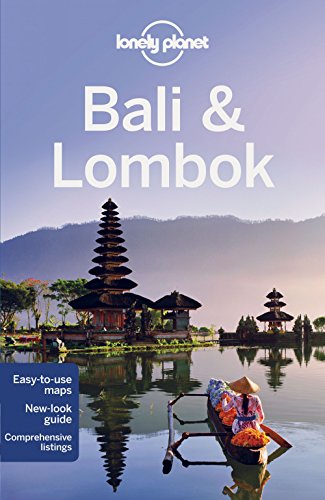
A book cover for Lonely Planet Bali & Lombok (Travel Guide); Lonely Planet; Travel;